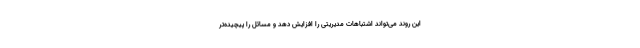
این روند می‌تواند اشتباهات مدیریتی را افزایش دهد و مسائل را پیچیده‌تر